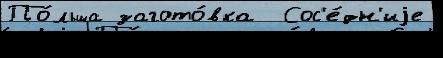
По́льша загото́вка  Сос'е́дн'иjе